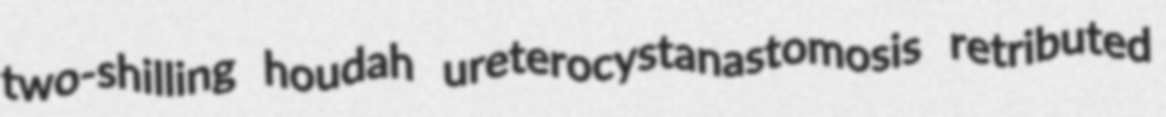
two-shilling houdah ureterocystanastomosis retributed